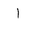
Letter: _alif